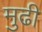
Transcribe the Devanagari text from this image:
मुढी